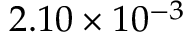
2 . 1 0 \times 1 0 ^ { - 3 }